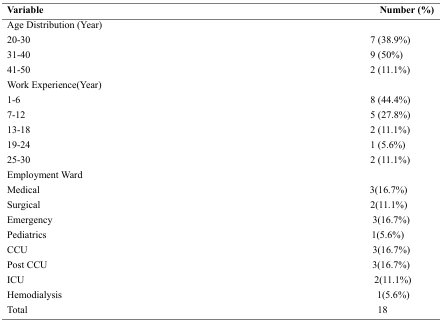
| Variable | Number (%) |
 | --- | --- |
 | Age Distribution (Year) |  |
 | 20-30 | 7 (38.9%) |
 | 31-40 | 9 (50%) |
 | 41-50 | 2 (11.1%) |
 | Work Experience (Year) |  |
 | 1-6 | 8 (44.4%) |
 | 7-12 | 5 (27.8%) |
 | 13-18 | 2 (11.1%) |
 | 19-24 | 1 (5.6%) |
 | 25-30 | 2 (11.1%) |
 | Employment Ward |  |
 | Medical | 3(16.7%) |
 | Surgical | 2(11.1%) |
 | Emergency | 3(16.7%) |
 | Pediatrics | 1(5.6%) |
 | CCU | 3(16.7%) |
 | Post CCU | 3(16.7%) |
 | ICU | 2(11.1%) |
 | Hemodialysis | 1(5.6%) |
 | Total | 18 |